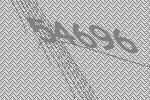
54696